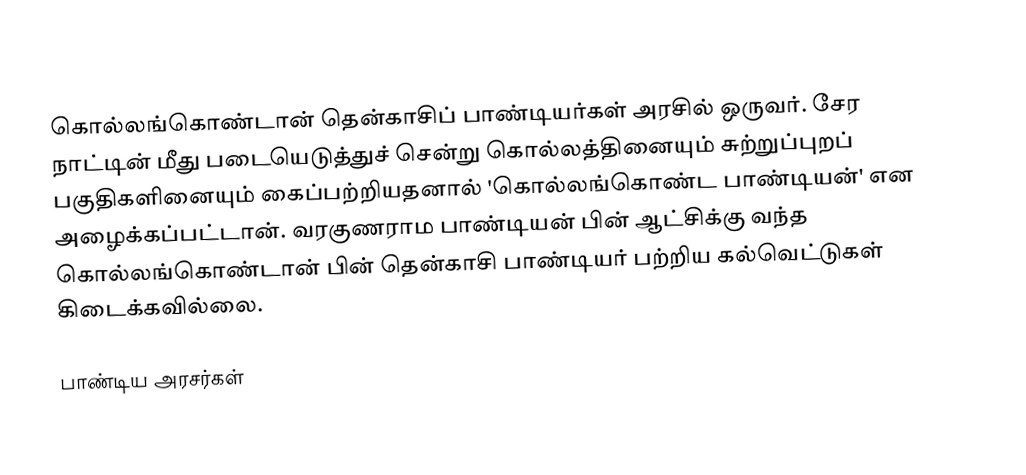
கொல்லங்கொண்டான் தென்காசிப் பாண்டியர்கள் அரசில் ஒருவர். சேர நாட்டின் மீது படையெடுத்துச் சென்று கொல்லத்தினையும் சுற்றுப்புறப் பகுதிகளினையும் கைப்பற்றியதனால் 'கொல்லங்கொண்ட பாண்டியன்' என அழைக்கப்பட்டான். வரகுணராம பாண்டியன் பின் ஆட்சிக்கு வந்த கொல்லங்கொண்டான் பின் தென்காசி பாண்டியர் பற்றிய கல்வெட்டுகள் கிடைக்கவில்லை.

பாண்டிய அரசர்கள்